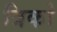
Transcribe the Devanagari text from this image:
त्रिको